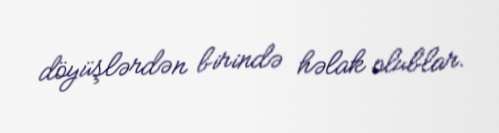
döyüşlərdən birində həlak olublar.